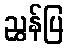
ညွှန်ပြ